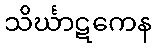
သိင်္ဃာဋကေန